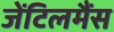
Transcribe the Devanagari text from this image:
जेंटिलमैंस